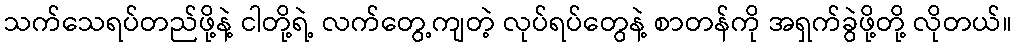
သက်သေရပ်တည်ဖို့နဲ့ ငါတို့ရဲ့ လက်တွေ့ကျတဲ့ လုပ်ရပ်တွေနဲ့ စာတန်ကို အရှက်ခွဲဖို့တို့ လိုတယ်။